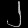
Digit: ၂